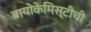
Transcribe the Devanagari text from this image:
बायोकेमिस्टीची